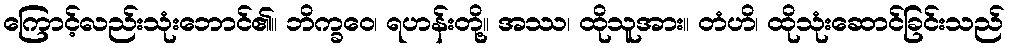
ကြောင့်လည်းသုံးဘောင်၏။ ဘိက္ခဝေ၊ ရဟန်းတို့။ အဿ၊ ထိုသူအား။ တံဟိ၊ ထိုသုံးဆောင်ခြင်းသည်